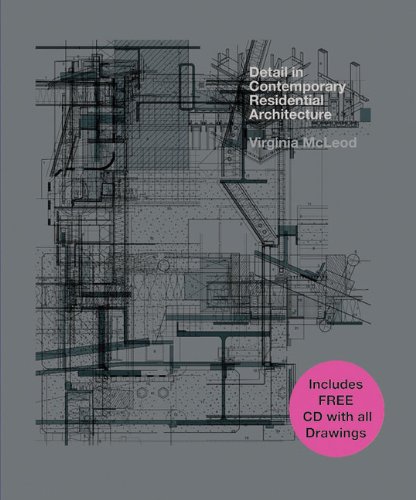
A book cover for Detail in Contemporary Residential Architecture; Virginia McLeod; Crafts, Hobbies & Home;